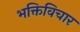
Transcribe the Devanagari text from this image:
भक्तिविचार